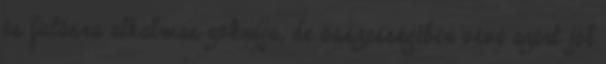
és futásra alkalmas zoknija, de összességében véve azért jól